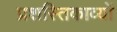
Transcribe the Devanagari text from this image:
प्रशस्तिकाव्यों